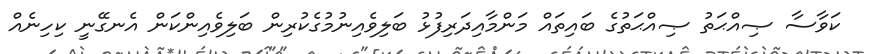
ކަވާސާ ޞިއްޙަތު ޞިއްޙަތުގެ ބައިތައް މަންމާއިދަރިފުޅު ބަލިވެއިނުމުގެކުރިން ބަލިވެއިންކަން އެނގޭނީ ކިހިނެއް